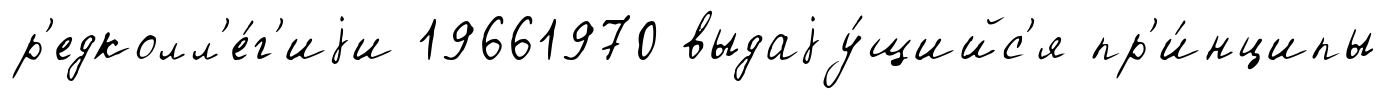
р'едколл'е́г'иjи 19661970 выдаjу́щийс'я пр'и́нципы